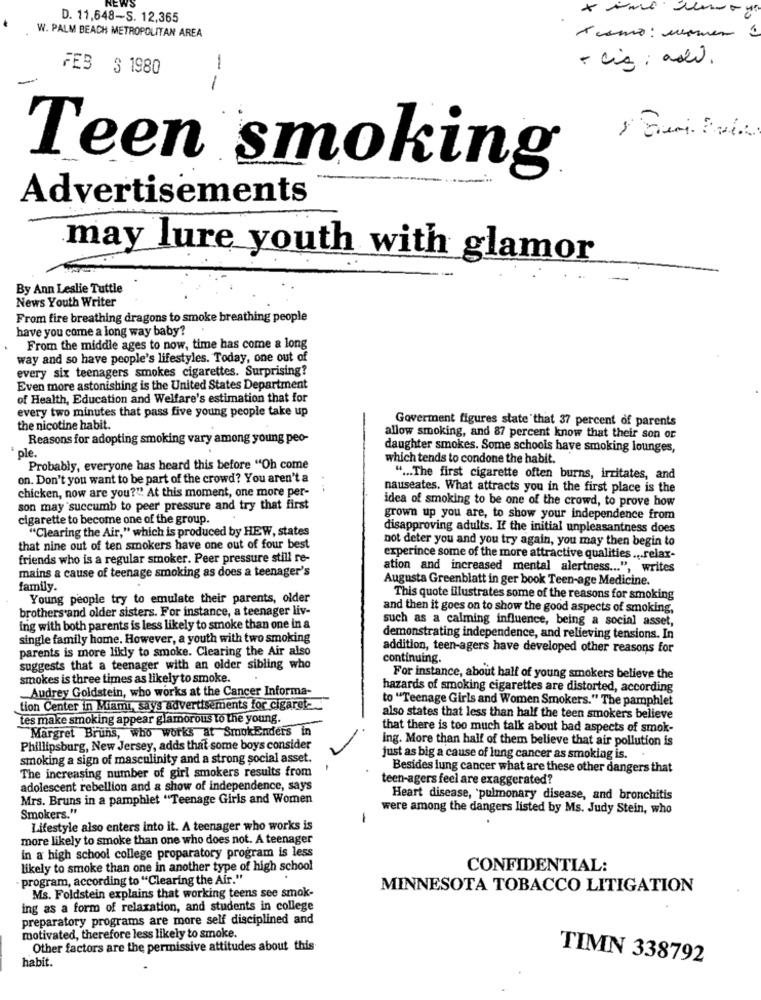
D. 11,648-S. 12,365
W. PALM BEACH METROPOLITAN AREA
- ciz : asd.
FES 3 1980
-
-
Teen smoking
Advertisements
may lure youth with glamor
By Ann Leslie Tuttle
News Youth Writer
From fire breathing dragons to smoke breathing people
have you come a long way baby?
From the middle ages to now, time has come a long
way and so have people's lifestyles. Today, one out of
every six teenagers smokes cigarettes. Surprising?
Even more astonishing is the United States Department
of Health, Education and Welfare's estimation that for
every two minutes that pass five young people take up
Goverment figures state that 37 percent of parents
the nicotine habit.
Reasons for adopting smoking vary among young peo-
allow smoking, and 87 percent know that their son or
daughter smokes. Some schools have smoking lounges,
ple.
which tends to condone the habit.
Probably, everyone has heard this before "Oh come
on. Don't you want to be part of the crowd? You aren't a
" ... The first cigarette often burns, irritates, and
chicken, now are you?" At this moment, one more per-
nauseates. What attracts you in the first place is the
idea of smoking to be one of the crowd, to prove how
son may succumb to peer pressure and try that first
cigarette to become one of the group.
grown up you are, to show your independence from
"Clearing the Air," which is produced by HEW, states
disapproving adults. If the initial unpleasantness does
not deter you and you try again, you may then begin to
that nine out of ten smokers have one out of four best
friends who is a regular smoker. Peer pressure still re-
experince some of the more attractive qualities ... relax-
mains a cause of teenage smoking as does a teenager's
ation and increased mental alertness ... ", writes
Augusta Greenblatt in ger book Teen-age Medicine.
family.
Young people try to emulate their parents, older
This quote illustrates some of the reasons for smoking
brothers and older sisters. For instance, a teenager liv-
and then it goes on to show the good aspects of smoking,
such as a calming influence, being a social asset,
ing with both parents is less likely to smoke than one in a
single family home. However, a youth with two smoking
demonstrating independence, and relieving tensions. In
parents is more likly to smoke. Clearing the Air also
addition, teen-agers have developed other reasons for
continuing.
suggests that a teenager with an older sibling who
smokes is three times as likely to smoke.
For instance, about half of young smokers believe the
Audrey Goldstein, who works at the Cancer Informa-
hazards of smoking cigarettes are distorted, according
to "Teenage Girls and Women Smokers." The pamphlet
tion Center in Miami, says advertisements for cigaret-
tes make smoking appear glamorous to the young.
also states that less than half the teen smokers believe
Margret Bruns, who works at SmokEnders in
that there is too much talk about bad aspects of smok-
ing. More than half of them believe that air pollution is
Phillipsburg, New Jersey, adds that some boys consider
smoking a sign of masculinity and a strong social asset.
just as big a cause of lung cancer as smoking is.
The increasing number of girl smokers results from
Besides lung cancer what are these other dangers that
teen-agers feel are exaggerated?
adolescent rebellion and a show of independence, says
Mrs. Bruns in a pamphlet "Teenage Girls and Women
Heart disease, pulmonary disease, and bronchitis
Smokers."
were among the dangers listed by Ms. Judy Stein, who
-
Lifestyle also enters into it. A teenager who works is
more likely to smoke than one who does not. A teenager
in a high school college proparatory program is less
likely to smoke than one in another type of high school
CONFIDENTIAL:
· program, according to "Clearing the Air."
Ms. Foldstein explains that working teens see smok-
MINNESOTA TOBACCO LITIGATION
ing as a form of relaxation, and students in college
preparatory programs are more self disciplined and
motivated, therefore less likely to smoke.
Other factors are the permissive attitudes about this
habit.
TIMN 338792